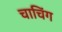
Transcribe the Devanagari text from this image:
चाचिंग